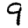
Digit: 9